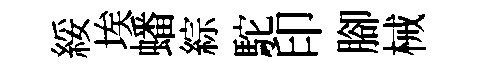
綏埃蟠綜駝印腳械